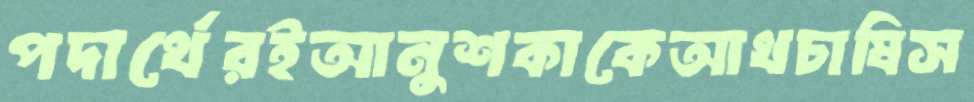
পদার্থেরইআনুশকাকেআখচাষিস